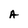
Character: A